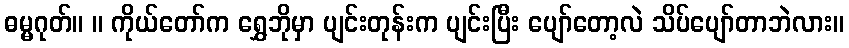
ဓမ္မဂုတ်။ ။ ကိုယ်တော်က ရွှေဘိုမှာ ပျင်းတုန်းက ပျင်းပြီး ပျော်တော့လဲ သိပ်ပျော်တာဘဲလား။